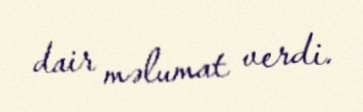
dair məlumat verdi.